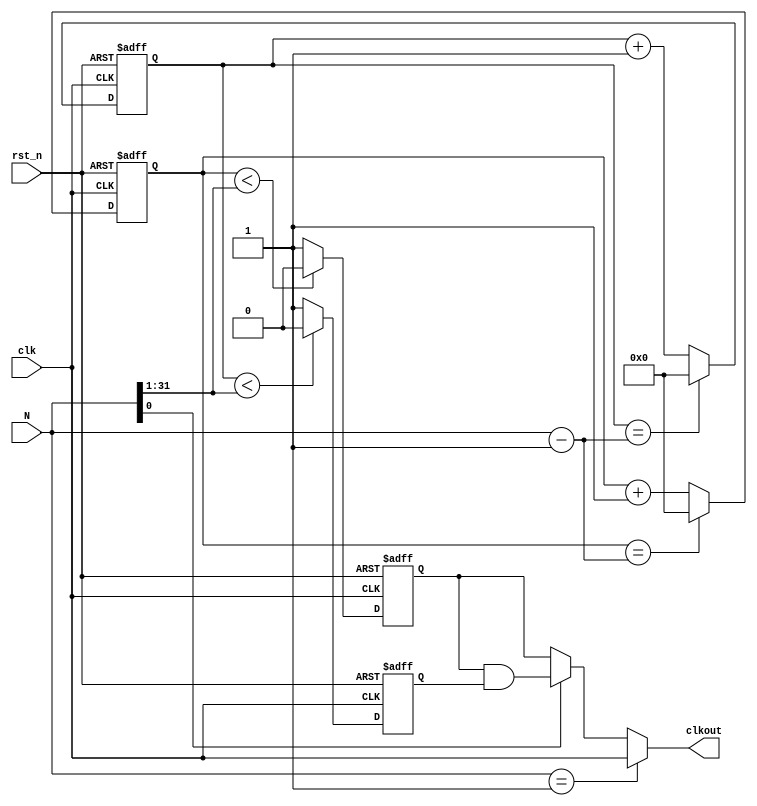
//sound_divide.v  , divide.v
module sound_divide
(
  input [31:0]  N,              //
  input   clk,                  //clk
  input   rst_n,                //
  output  clkout                //
);

  //cnt_pcnt_n
  reg	[31:0]	cnt_p,cnt_n;
  //clk_pclk_n
  reg	clk_p,clk_n;
    
  /**********************************/
  //
  always @(posedge clk or posedge rst_n) begin
      if(rst_n)                   cnt_p <= 1'b0;
      else if(cnt_p == (N-1))     cnt_p <= 1'b0;
      else                        cnt_p <= cnt_p + 1'b1;
      //N-1N
  end
  
  //
  //N50%
  //N50%
  always @(posedge clk or posedge rst_n) begin
      if(rst_n)                   clk_p <= 1'b0;
      else if(cnt_p < (N>>1))     clk_p <= 1'b0;
      else                        clk_p <= 1'b1;
      //clk
  end
  
  /**********************************/
  //
  always @(negedge clk or posedge rst_n) begin
      if(rst_n)                   cnt_n <= 1'b0;
      else if(cnt_n == (N-1))     cnt_n <= 1'b0;
      else                        cnt_n <= cnt_n + 1'b1;
  end

  //clk_pclk
  always @(negedge clk or posedge rst_n) begin
      if(rst_n)                   clk_n <= 1'b0;
      else if(cnt_n < (N>>1))     clk_n <= 1'b0;
      else                        clk_n <= 1'b1;
      //clk
  end
    
  /*************************************************************************/
  wire clk1 = clk;            //N=1clk
  wire clk2 = clk_p;          //NN0N[0]=0clk_p
  wire clk3 = clk_p & clk_n;
  //NN1N[0]=1clk_p&clk_n

  assign clkout = (N==1)? clk1:(N[0]? clk3:clk2);	//

endmodule